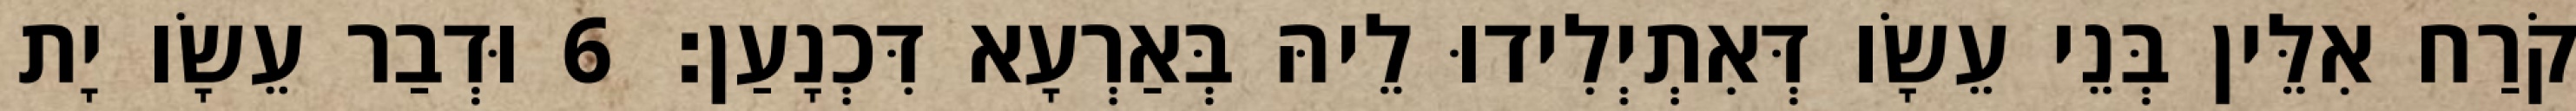
קֹרַח אִלֵּין בְּנֵי עֵשָׂו דְּאִתְיְלִידוּ לֵיהּ בְּאַרְעָא דִּכְנָעַן׃ 6 וּדְבַר עֵשָׂו יָת